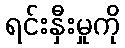
ရင်းနှီးမှုကို